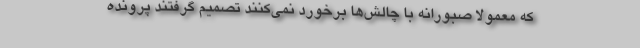
که معمولاً صبورانه با چالش‌ها برخورد نمی‌کنند تصمیم گرفتند پرونده